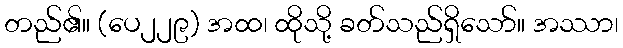
တည်၏။ (ပေ၂၂၉) အထ၊ ထိုသို့ ခတ်သည်ရှိသော်။ အဿာ၊